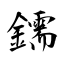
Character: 鑐